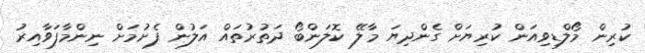
ކުރިން މޯލްޑިވިއަން ކުރިޔަށް ގެންދިޔަ މާލޭ ކޮލަންބޯ ދަތުރުތައް އަލުން ފެށުމަށް ނިންމާފަވާއިރު